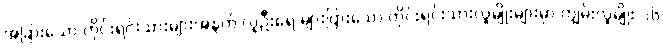
အခြားသော တိုင်းရင်းသားများအနက် လူဦးရေ များပြားသော တိုင်းရင်းသားလူမျိုးများမှာ ကျွမ်းလူမျိုး ၁၆